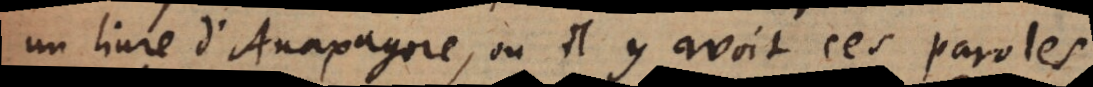
un livre d’Anaxagore, où il y avoit ces paroles